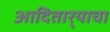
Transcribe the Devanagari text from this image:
आदितार्‍याचा